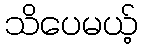
သိပေမယ့်